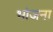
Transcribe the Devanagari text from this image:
भांजना